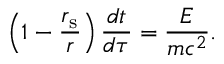
\left( 1 - { \frac { r _ { \mathrm { { s } } } } { r } } \right) { \frac { d t } { d \tau } } = { \frac { E } { m c ^ { 2 } } } .